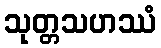
သုတ္တသဟဿံ